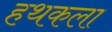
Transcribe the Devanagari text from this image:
हथकला